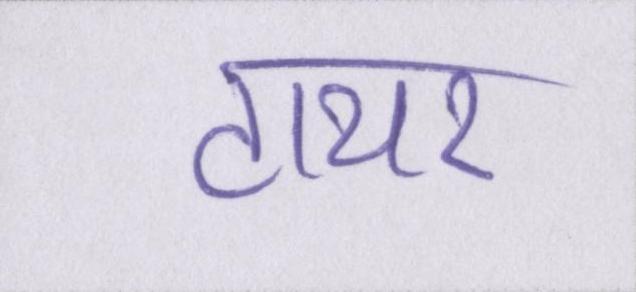
टायर